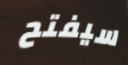
سيفتح